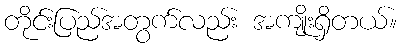
တိုင်းပြည်အတွက်လည်း အကျိုးရှိတယ်။